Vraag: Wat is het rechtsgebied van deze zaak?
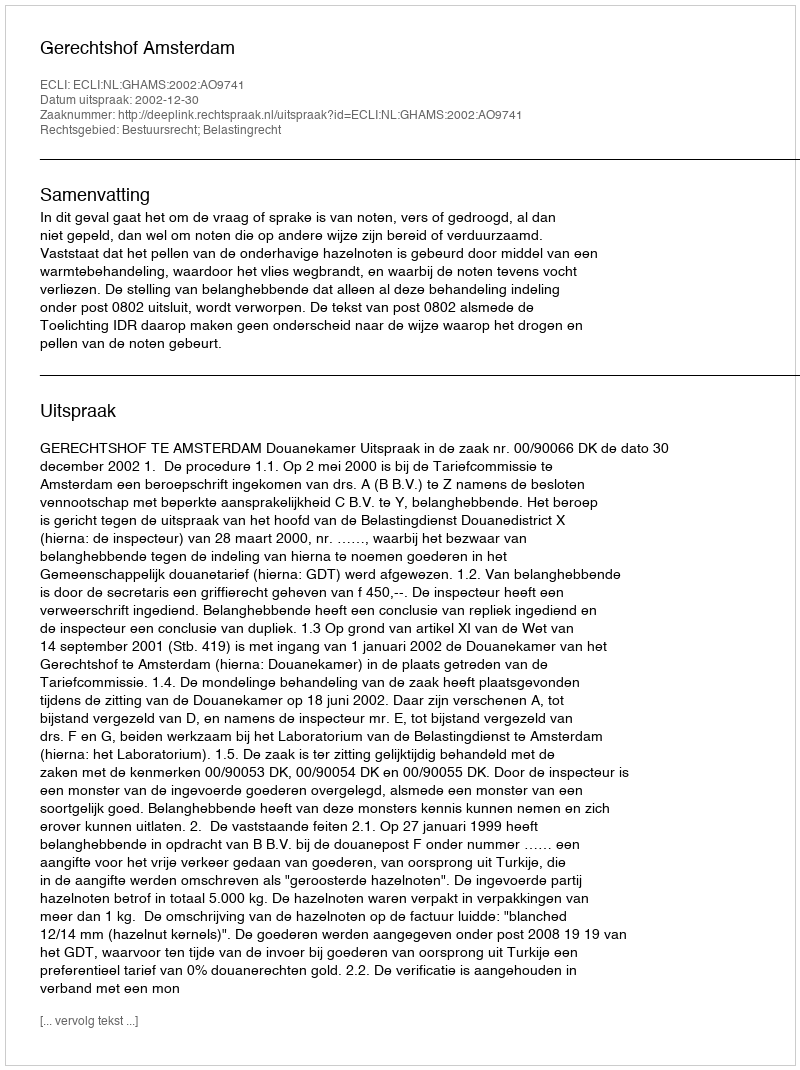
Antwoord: Bestuursrecht; Belastingrecht